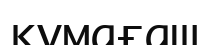
құмағаш